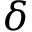
\delta